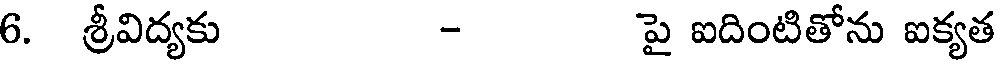
6. శ్రీవిద్యకు - పై ఐదింటితోను ఐక్యత